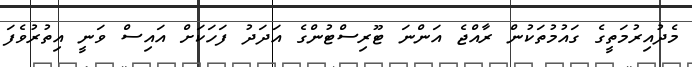
މެދުއިރުމަތީގެ ގައުމުތަކުން ރާއްޖެ އަންނަ ޓޫރިސްޓުންގެ އަދަދު ފަހަކަށް އައިސް ވަަނީ އިތުރުވެފަ